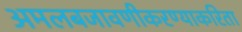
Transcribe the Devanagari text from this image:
अमलबजावणीकरण्याकरिता